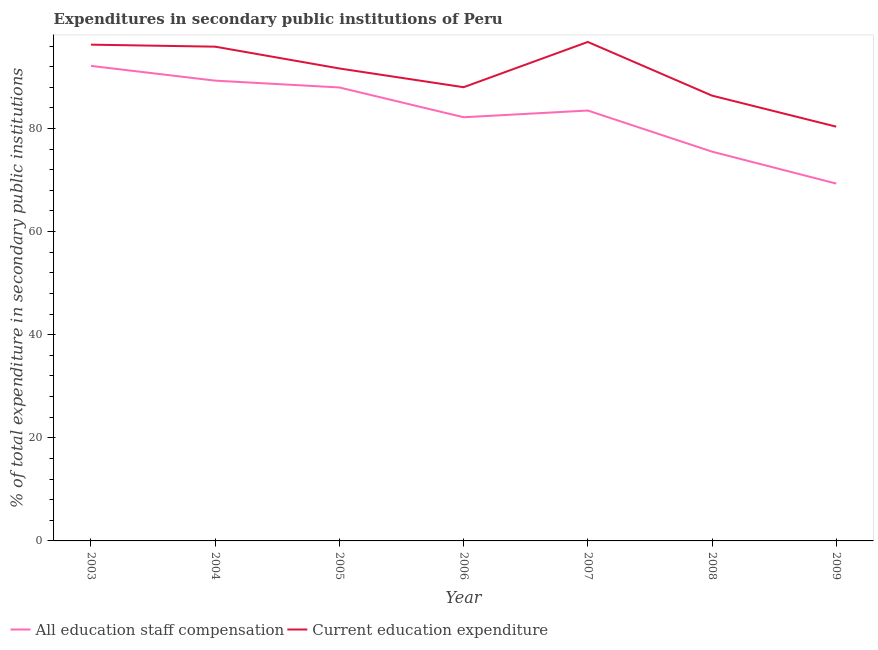
| Year | All education staff compensation | Current education expenditure |
 | --- | --- | --- |
 | 2003 | 92.1 | 96.3 |
 | 2004 | 89.3 | 95.9 |
 | 2005 | 88 | 91.6 |
 | 2006 | 82.2 | 88 |
 | 2007 | 83.5 | 96.8 |
 | 2008 | 75.5 | 86.4 |
 | 2009 | 69.3 | 80.4 |